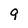
Character: 9